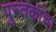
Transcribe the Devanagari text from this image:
पुस्‍तकांचा